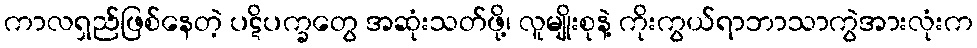
ကာလရှည်ဖြစ်နေတဲ့ ပဋိပက္ခတွေ အဆုံးသတ်ဖို့၊ လူမျိုးစုနဲ့ ကိုးကွယ်ရာဘာသာကွဲအားလုံးက